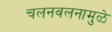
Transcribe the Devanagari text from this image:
चलनवलनामुळे